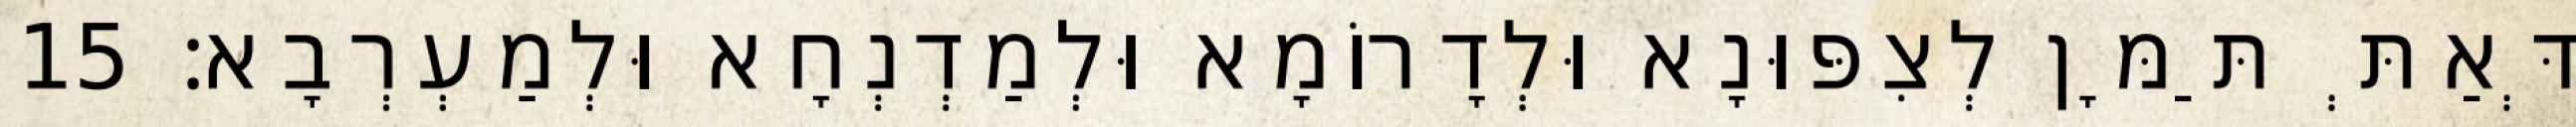
דְּאַתְּ תַּמָּן לְצִפּוּנָא וּלְדָרוֹמָא וּלְמַדְנְחָא וּלְמַעְרְבָא׃ 15